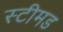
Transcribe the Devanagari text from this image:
स्टीमड